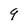
Character: 9